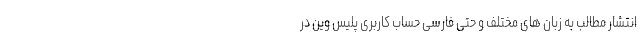
انتشار مطالب به زبان های مختلف و حتی فارسی حساب کاربری پلیس وین در